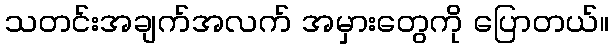
သတင်းအချက်အလက် အမှားတွေကို ပြောတယ်။